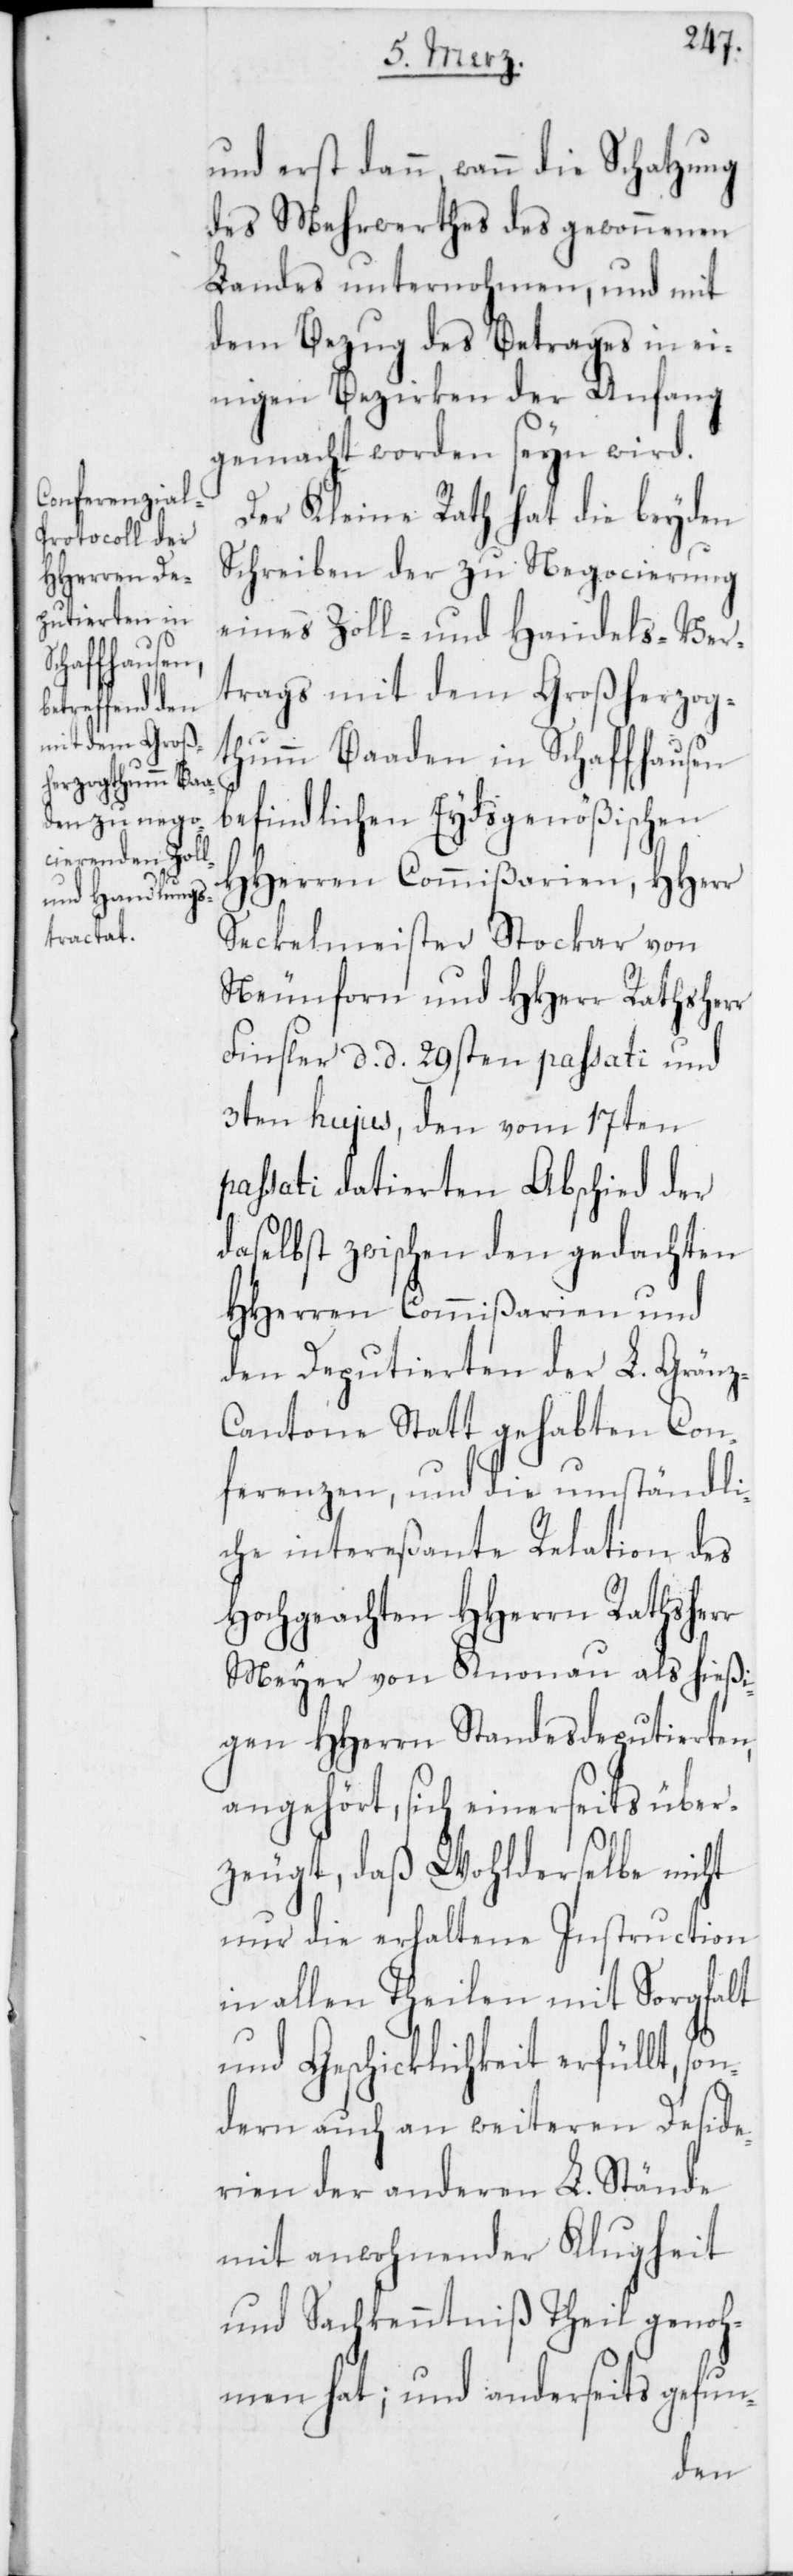
und erst dann, wann die Schatzung
des Mehrwerthes des gewonnenen
Landes unternohmen, und mit
dem Bezug des Betrages in ei¬
nigen Bezirken der Anfang
gemacht worden seyn wird.
Der Kleine Rath hat die beyden
Schreiben der zu Negocierung
eines Zoll- und Handels-Ver¬
trags mit dem Großherzog¬
thumm Baaden in Schaffhausen
befindlichen Eydsgenößischen
HHerren Commißarien, HHerr
Seckelmeister Stockar von
Neunforn und HHerr Rathsherr
Finsler d. d. 29sten passati und
3ten hujus, den vom 17ten
passati datierten Abschied der
daselbst zwischen den gedachten
HHerren Commißarien und
den Deputierten der L. Grän¬
z-Cantone Statt gehabten Con¬
ferenzen, und die umständli¬
che intereßante Relation des
Hochgeachten HHerrn Rathsherr
Meyer von Knonau als hießi¬
gen HHerrn Standesdeputierten,
angehört, sich einerseits über¬
zeugt, daß Wohlderselbe nicht
nur die erhaltene Instruction
in allen Theilen mit Sorgfalt
und Geschicklichkeit erfüllt, s¬
ondern auch an weiteren Deside¬
rien der anderen L. Stände
mit anwohnender Klugheit
und Sachkenntniß Theil genoh¬
men hat; und anderseits gefun-